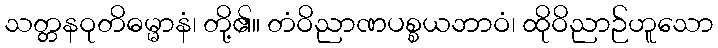
သတ္တနဝုတိဓမ္မာနံ၊ တို့၏။ တံဝိညာဏပစ္စယဘာဝံ၊ ထိုဝိညာဉ်ဟူသော